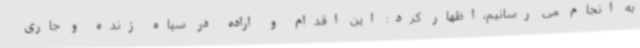
به انجام می رسانیم،اظهار کرد: این اقدام و اراده در سپاه زنده و جاری